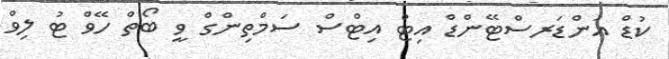
ކުޑް އަންޑަރސްޓޭންޑް އިޓް އިޓްސް ސަމްތިންގް ވީ ބޯތް ހޭވް ޓު ލިވް